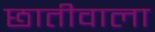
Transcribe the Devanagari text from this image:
छातीवाला